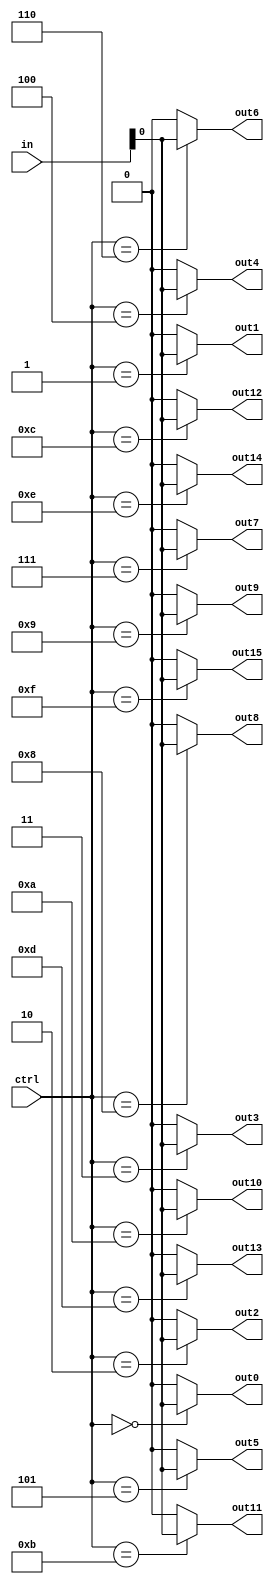
module demultiplexer (
    input wire [15:0] in,
    input wire [3:0] ctrl,
    output wire out0,
    output wire out1,
    output wire out2,
    output wire out3,
    output wire out4,
    output wire out5,
    output wire out6,
    output wire out7,
    output wire out8,
    output wire out9,
    output wire out10,
    output wire out11,
    output wire out12,
    output wire out13,
    output wire out14,
    output wire out15
);

assign out0 = (ctrl == 4'b0000) ? in[0] : 1'b0;
assign out1 = (ctrl == 4'b0001) ? in[0] : 1'b0;
assign out2 = (ctrl == 4'b0010) ? in[0] : 1'b0;
assign out3 = (ctrl == 4'b0011) ? in[0] : 1'b0;
assign out4 = (ctrl == 4'b0100) ? in[0] : 1'b0;
assign out5 = (ctrl == 4'b0101) ? in[0] : 1'b0;
assign out6 = (ctrl == 4'b0110) ? in[0] : 1'b0;
assign out7 = (ctrl == 4'b0111) ? in[0] : 1'b0;
assign out8 = (ctrl == 4'b1000) ? in[0] : 1'b0;
assign out9 = (ctrl == 4'b1001) ? in[0] : 1'b0;
assign out10 = (ctrl == 4'b1010) ? in[0] : 1'b0;
assign out11 = (ctrl == 4'b1011) ? in[0] : 1'b0;
assign out12 = (ctrl == 4'b1100) ? in[0] : 1'b0;
assign out13 = (ctrl == 4'b1101) ? in[0] : 1'b0;
assign out14 = (ctrl == 4'b1110) ? in[0] : 1'b0;
assign out15 = (ctrl == 4'b1111) ? in[0] : 1'b0;

endmodule